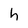
Character: h